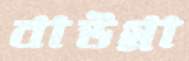
বাউগ্গা